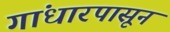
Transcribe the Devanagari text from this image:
गांधारपासून